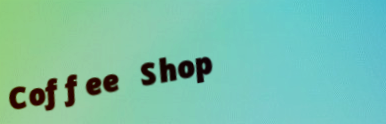
Coffee Shop